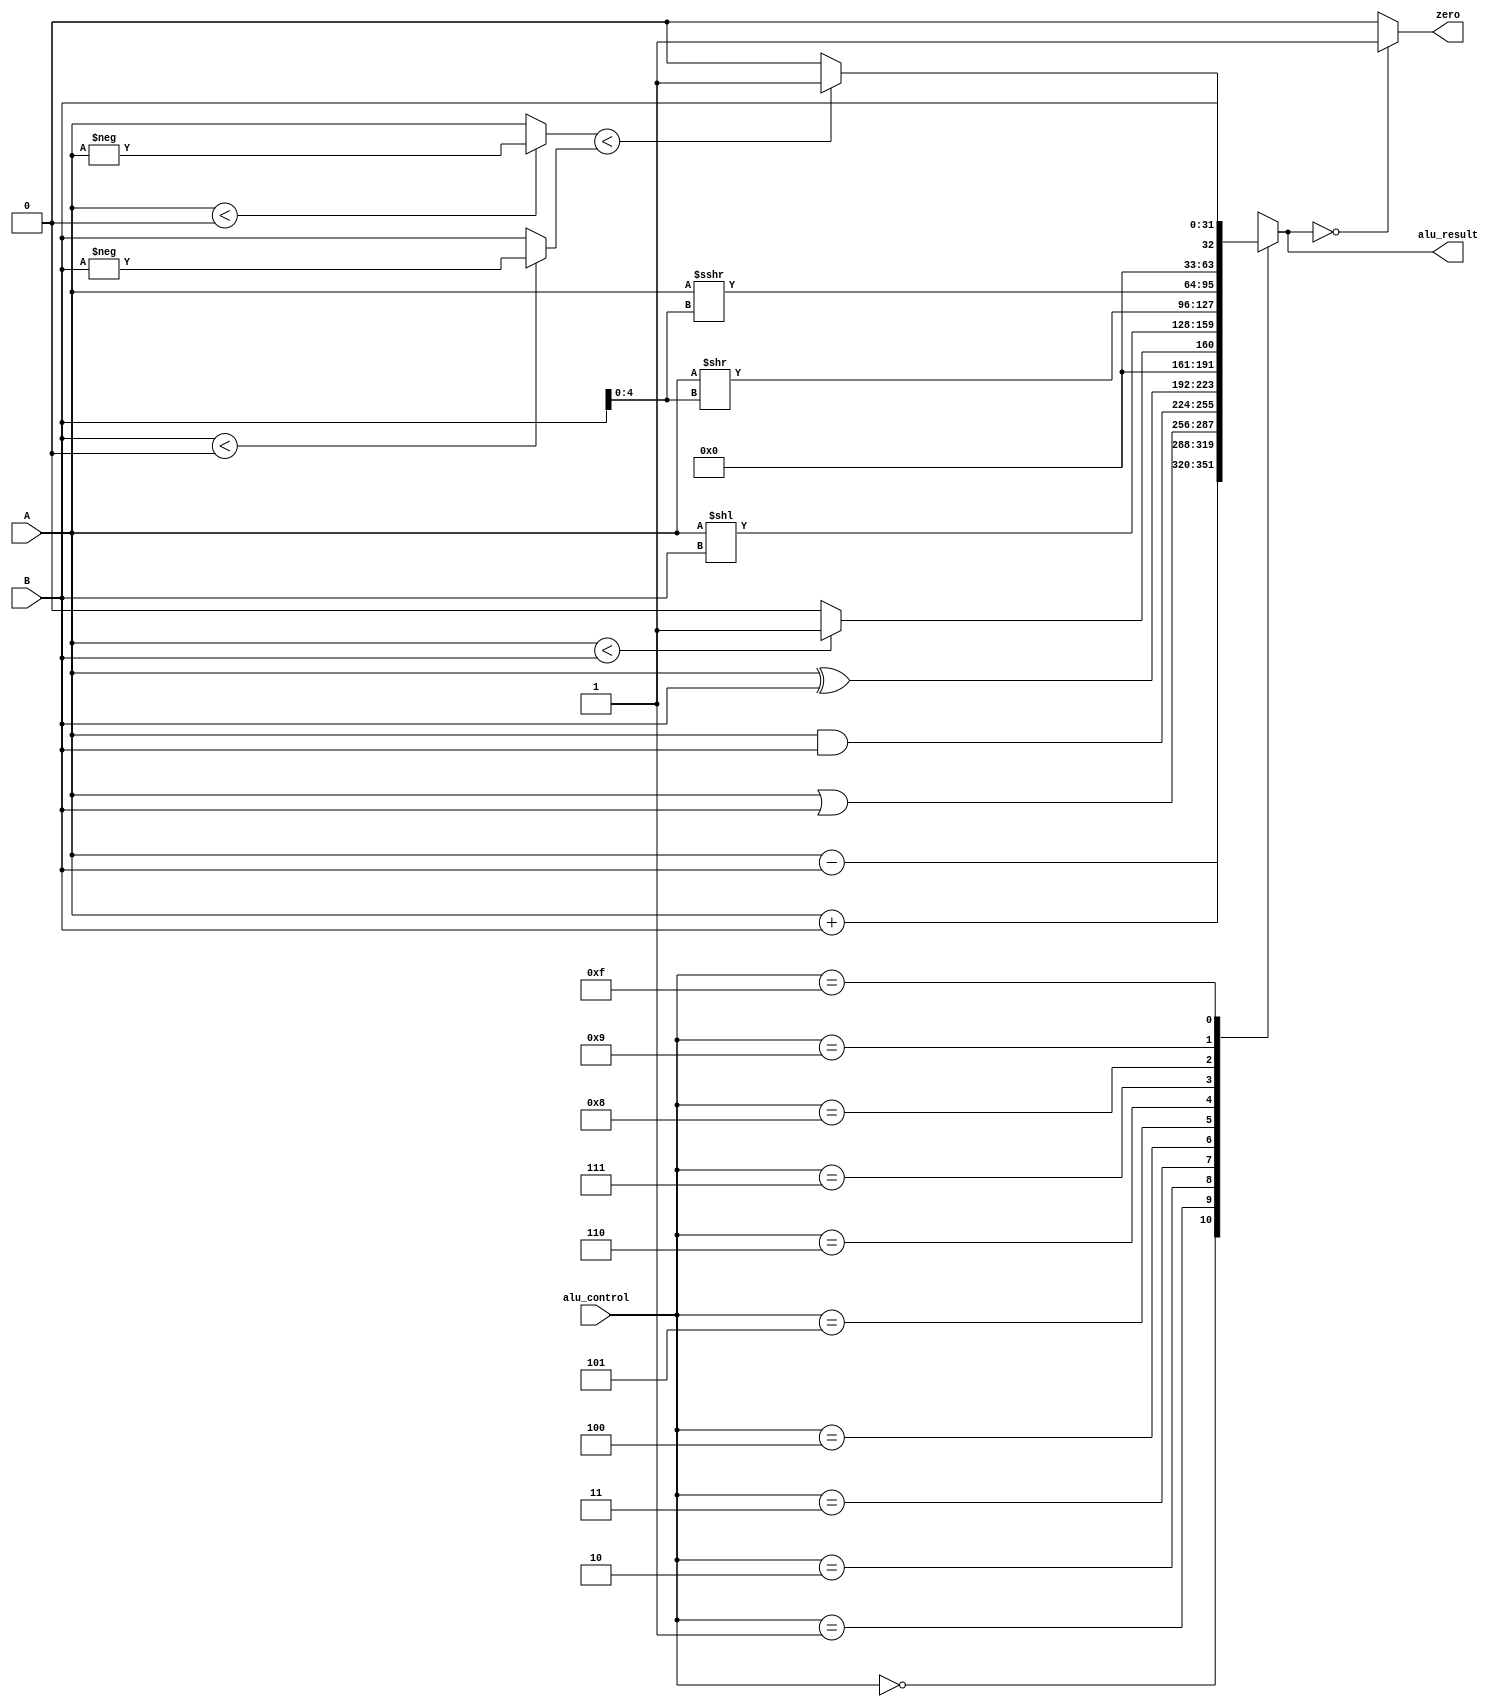
`timescale 1ns / 1ps

module alu(
    input [31:0] A,
    input [31:0] B,
    input  [3:0] alu_control,
    output reg [31:0] alu_result,
    output zero
);
    parameter   add     =   4'b0000;
    parameter   sub     =   4'b0001;
    parameter   orr     =   4'b0010;
    parameter   andd    =   4'b0011;
    parameter   xorr    =   4'b0100;
    parameter   slt     =   4'b0101;
    parameter   sll     =   4'b0110;
    parameter   srl     =   4'b0111;
    parameter   sra     =   4'b1000;
    parameter   sltu    =   4'b1001;
    parameter   lui     =   4'b1111;

    
    always @(*) begin
        case (alu_control)
            add : alu_result = A + B;
            sub : alu_result = A - B;
            orr : alu_result = A | B;
            andd: alu_result = A & B;
            xorr: alu_result = A ^ B;
            slt : alu_result = (A < B) ? 1 : 0;
            sll : alu_result = A << B;
            srl : alu_result = A >> B[4:0];
            sra : alu_result = A >>> B[4:0];
            sltu: alu_result = ((A<0? -A:A) < (B<0 ? -B:B)) ? 1 : 0;
            lui : alu_result = B;
            default : alu_result = 32'bx;
        endcase
    end
    assign zero =  (alu_result == 0) ? 1:0;
endmodule